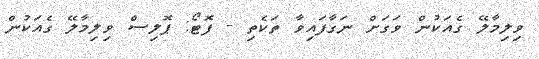
ވިލިމާލޭ ގެއަކުން ވަގަށް ނަގާފައިވާ ތަކެތި - ފޮޓޯ: ޕޮލިސް ވިލިމާލޭ ގެއަކުން